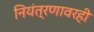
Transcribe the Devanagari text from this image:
नियंत्रणावरही